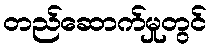
တည်ဆောက်မှုတွင်